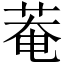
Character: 菴